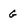
Character: G